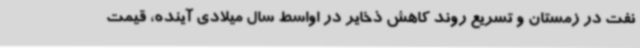
نفت در زمستان و تسریع روند کاهش ذخایر در اواسط سال میلادی آینده، قیمت